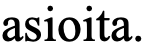
asioita.